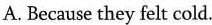
A.Because they felt cold.